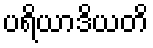
ပရိယာဒိယတိ